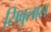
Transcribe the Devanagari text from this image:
सिबुलाल